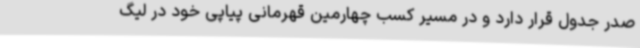
صدر جدول قرار دارد و در مسیر کسب چهارمین قهرمانی پیاپی خود در لیگ